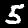
Digit: 5